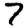
Digit: 7